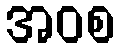
အဝစ